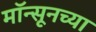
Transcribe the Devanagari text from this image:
मॉन्सूनच्या